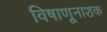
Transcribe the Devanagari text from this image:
विषाणूनाशक